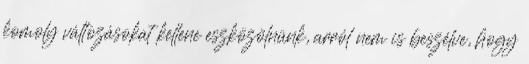
komoly változásokat kellene eszközölnünk, arról nem is beszélve, hogy